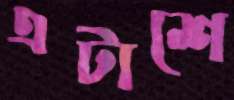
এটাশে